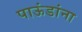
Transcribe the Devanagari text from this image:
पाऊंडांना